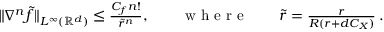
\begin{array} { r } { \| \nabla ^ { n } \widetilde f \| _ { L ^ { \infty } ( \ensuremath { \mathbb { R } ^ { d } } ) } \leq \frac { C _ { f } n ! } { \widetilde r ^ { n } } , \qquad \mathrm { ~ w ~ h ~ e ~ r ~ e ~ } \qquad \widetilde r = \frac { r } { R ( r + d C _ { X } ) } \, . } \end{array}